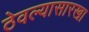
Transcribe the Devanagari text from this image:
ठेवल्यासारखा